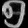
Digit: ၅